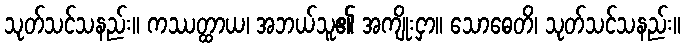
သုတ်သင်သနည်း။ ကဿတ္ထာယ၊ အဘယ်သူ၏ အကျိုးငှာ။ သောဓေတိ၊ သုတ်သင်သနည်း။